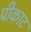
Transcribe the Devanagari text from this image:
पीकाट